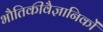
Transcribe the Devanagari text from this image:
भौतिकीवैज्ञानिकों